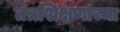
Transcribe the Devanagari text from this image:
तंत्रशिक्षणाच्या